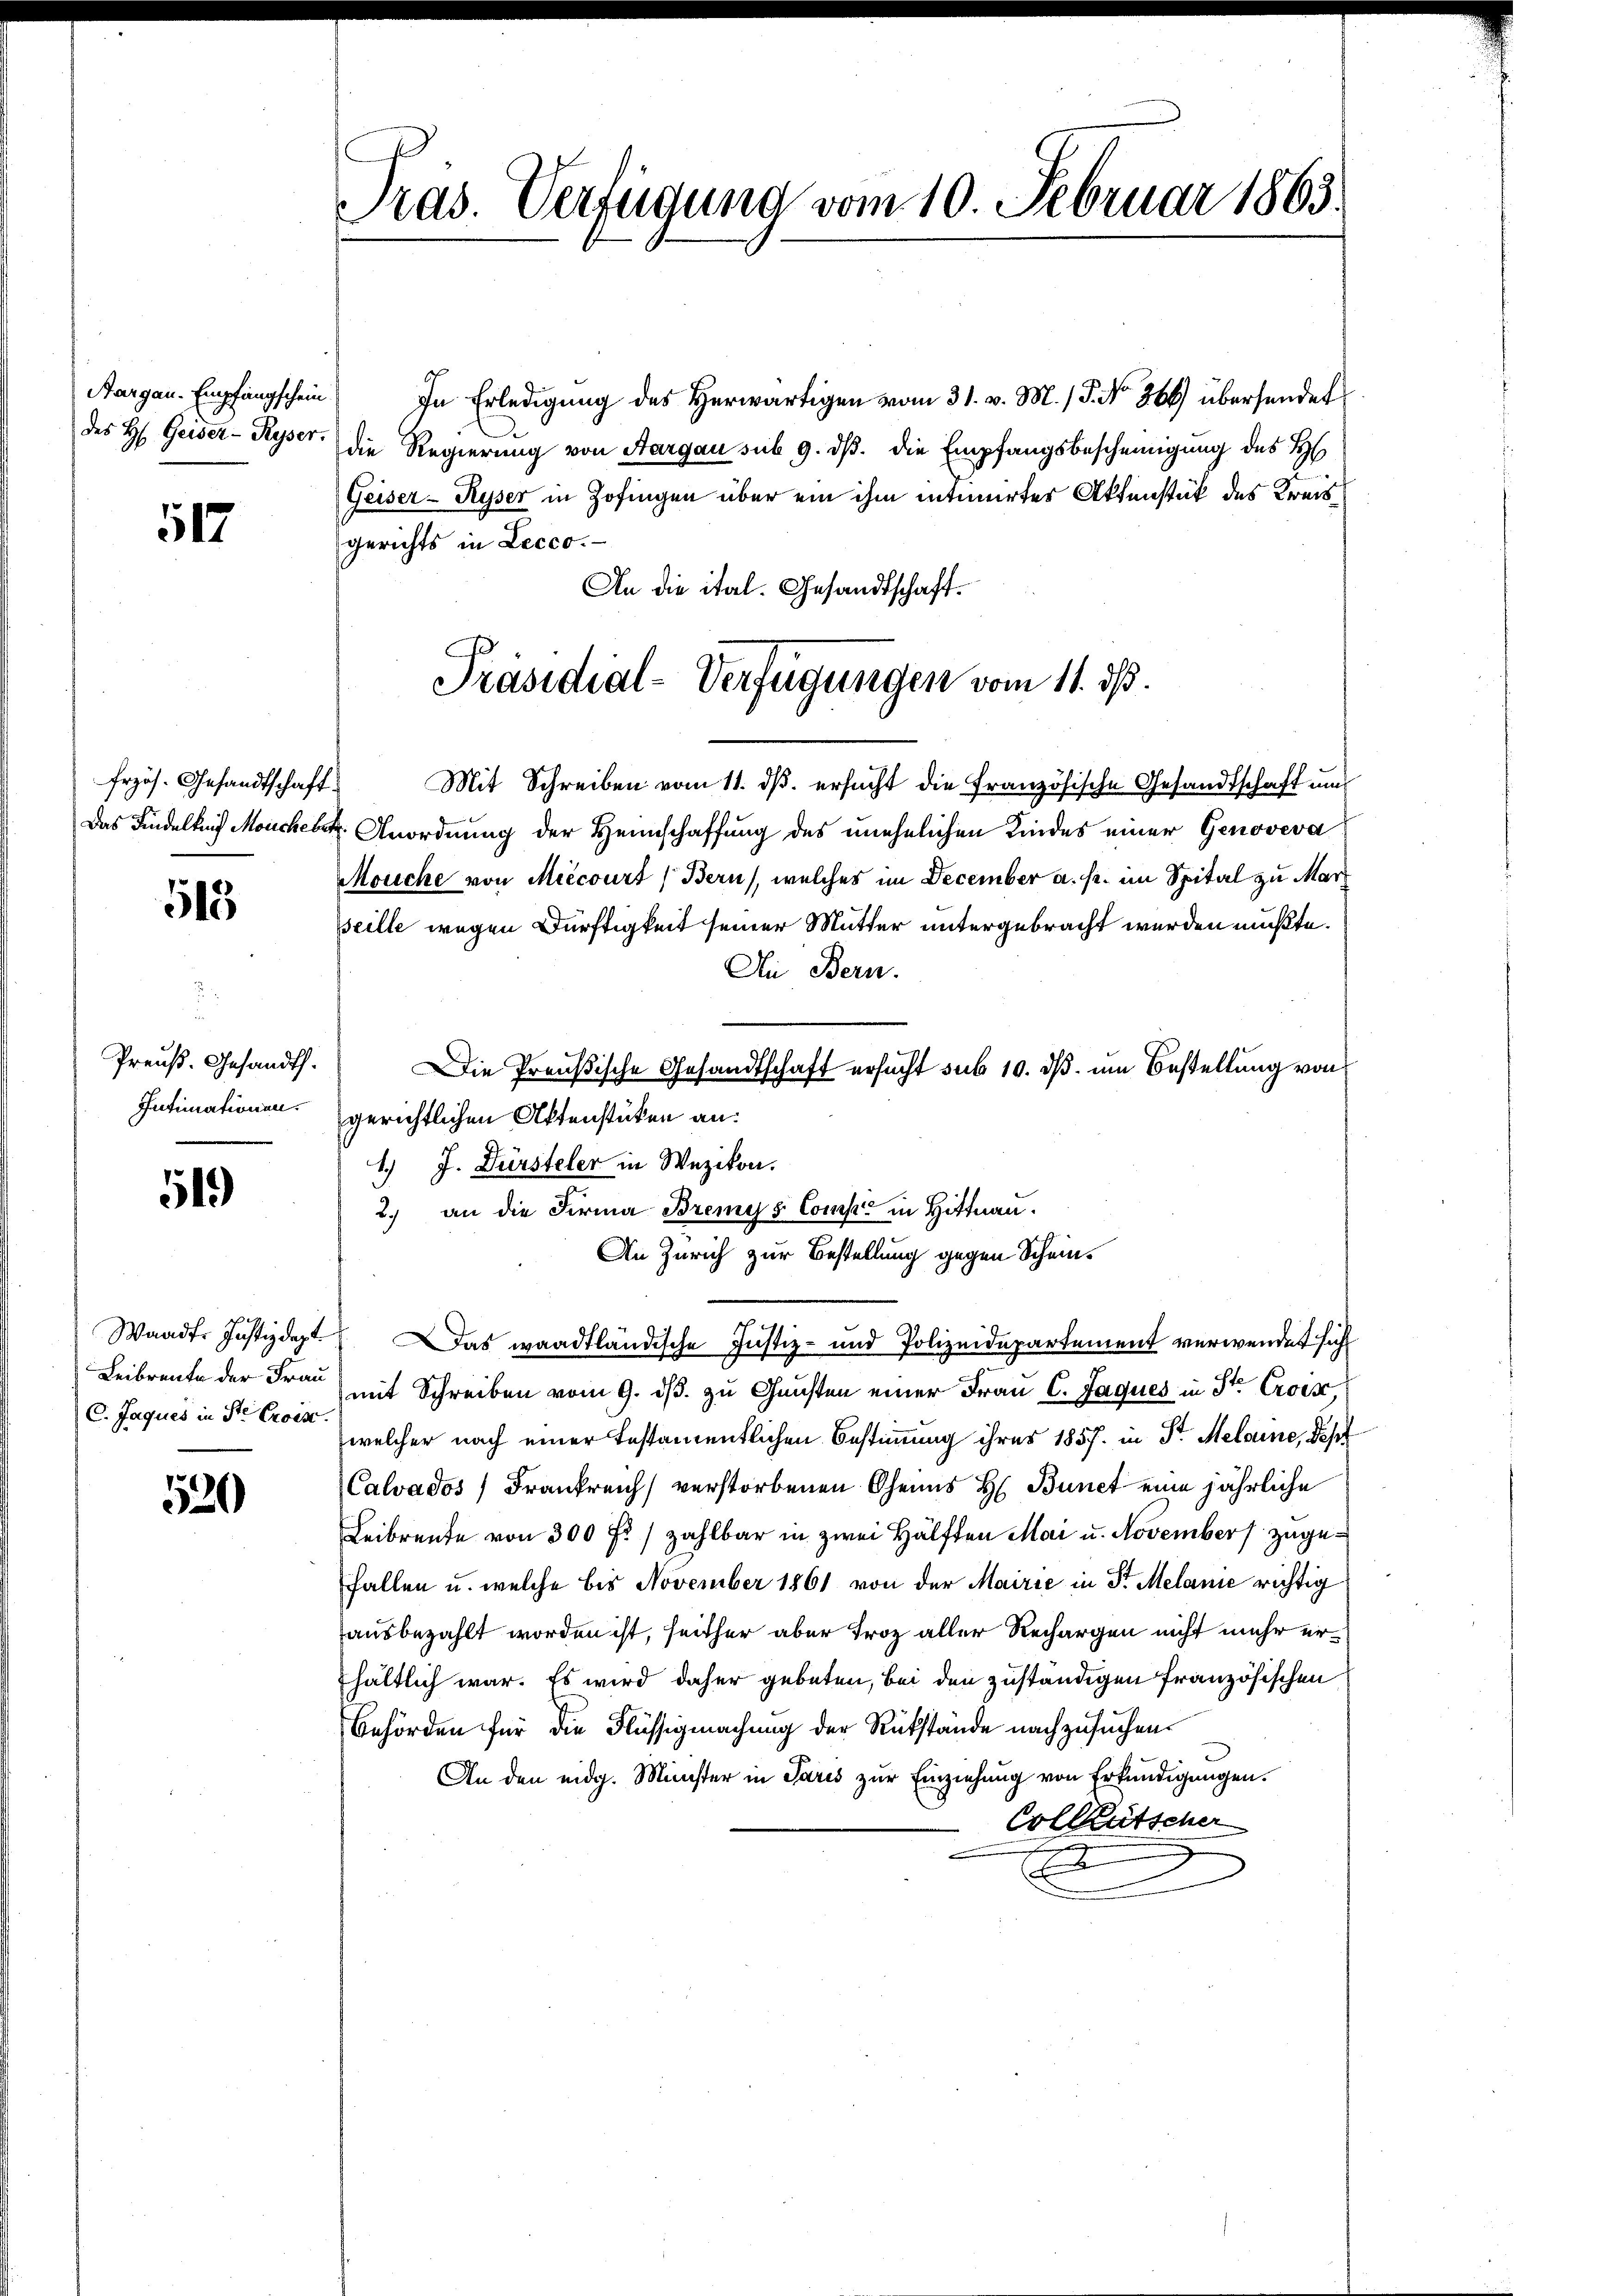
des H. Geiser- Ryser.

517

frzös. Gesandtschaft.
Das Findelkrif Möncheber

513

.
Preuß. Gesandth.
Intimationen.

51)

Waadt. Justizdept.
Leibrente der Frau
C. Jaques in Ste Croise.

520

Pras. Verfügung vom 10. Februar 1863.

Aargau. Empfangschein) In Erledigung des Herwärtigen vom 31. v. M. / 5. No. 364) übersendet
die Regierung von Aargau sub 9. dß. die Empfangsbescheinigung des H
Geiser- Ryser in Zofingen über ein ihm intimirter Aktenstück des Kreisgerichts in Lecco.
An die ital. Gesandtschaft.

Präsidial-Verfügungen vom 11. ds.

Mit Schreiben vom 11. ds. ersucht die Französische Gesandtschaft und
Anordnung der Heimschaffung des unehelichen Kindes einer Genoveva
Mouche von Miecourt (Bern, welches im December a. fr. im Spital zu Marz
seille wegen Dürftigkeit seiner Mutter untergebracht werden mußte.
An Bern.
Die Preußische Gesandtschaft ersucht sub 10. ds. um Bestellung von
gerichtlichen Aktenstücken an:
1.) J. Dürsteler in Wezikon.
2.) an die Firma Bremys Comp. in Hittnau.
An Zürich zur Bestellung gegen Schein¬
Das waadtländische Justiz- und Polizeidepartement verwendet sich
(mit Schreiben vom 9. ds. zu Gunsten einer Frau C. Jaques in St. Croix,
welcher nach einer festamentlichen Bestimmung ihres 1857. in Dr. Melaine, dest
Calvados, Frankreich verstorbenen Chenes H. Bunct eine jährliche
Leibrente von 300 f. zahlbar in zwei Hälften Mai u. November zugefallen u. welche bis November 1861 von der Mairie in Sr. Melanie richtig
ausbezahlt worden ist, seither aber Froz aller Rechargen nicht mehr erhältlich war. Es wird daher gebeten, bei den zuständigen französischen
Behörden für die Flüssigmachung der Rükstände nachzusuchen.
An den eidg. Münster in Paris zur Einziehung von Erkundigungen.
Colletscher
E